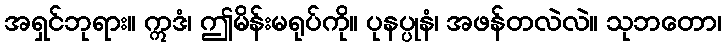
အရှင်ဘုရား။ ဣဒံ၊ ဤမိန်းမရုပ်ကို။ ပုနပ္ပုနံ၊ အဖန်တလဲလဲ။ သုဘတော၊